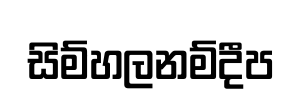
සිම්හලනම්දීප